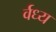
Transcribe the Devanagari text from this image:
र्वध्य